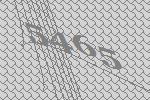
5465